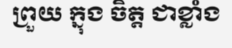
ព្រួយ ក្នុង ចិត្ត ជាខ្លាំង